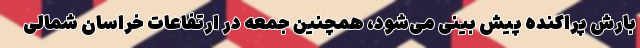
بارش پراکنده پیش بینی می‌شود، همچنین جمعه در ارتفاعات خراسان شمالی